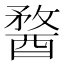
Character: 𨡭